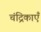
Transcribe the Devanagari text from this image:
चंद्रिकाएँ